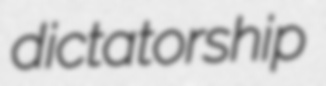
dictatorship